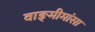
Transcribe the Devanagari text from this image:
वाङ्‍मीमांसा